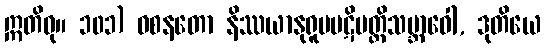
ဣတိဝု။ ၁၀၁) ဝစနတော နိဿယာနုရူပပဋိပတ္တိသဗ္ဘာဝေါ, ဒုတိယေ